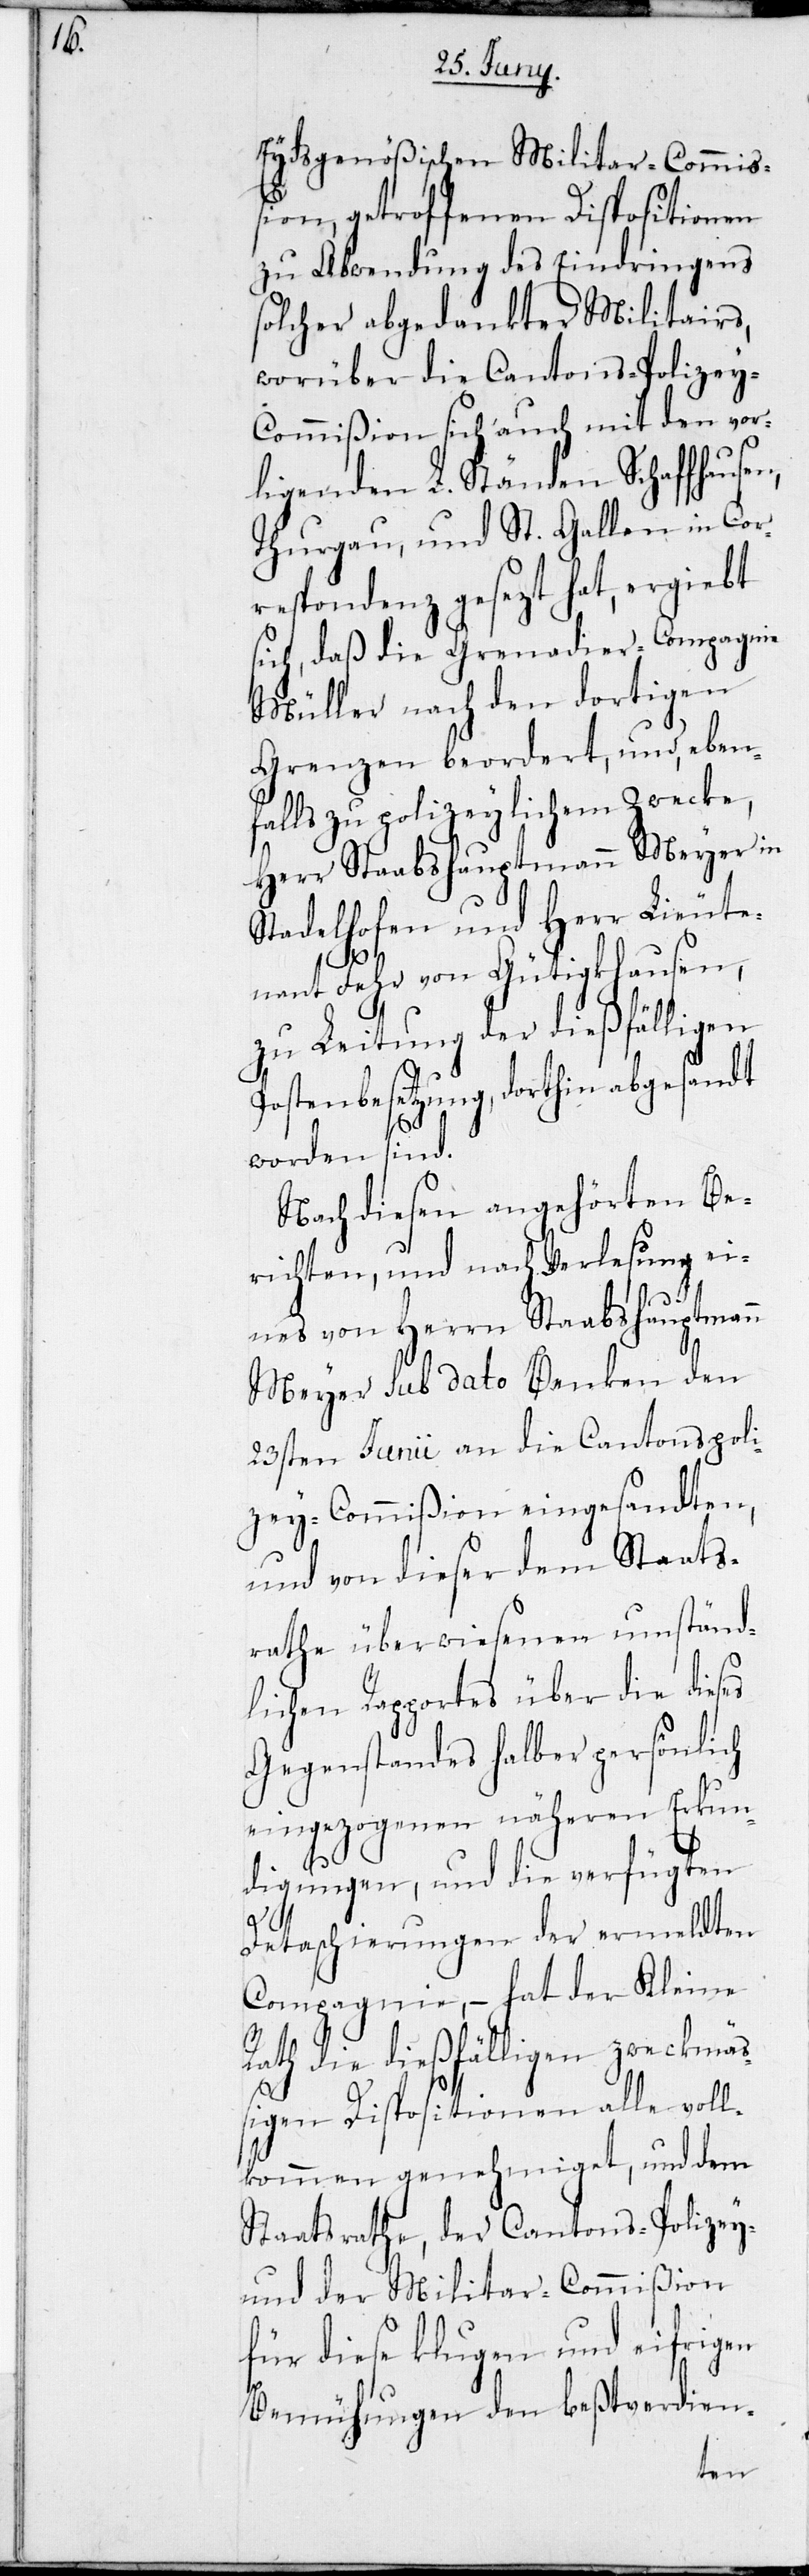
Eydsgenößischen Militar-Commiß¬
ion, getroffenen Dispositionen
zu Abwendung des Eindringens
solcher abgedankter Militairs,
worüber die Cantons-Polize¬
y-Commißion sich auch mit den vor¬
ligenden L. Ständen Schaffhausen,
Thurgau, und St. Gallen in Cor¬
respondenz gesezt hat, ergiebt
sich, daß die Grenadier-Compagnie
Müller nach den dortigen
Grenzen beordnert, und, eben¬
falls zu polizeylichem Zwecke,
Herr Staabshauptmann Meyer in
Stadelhofen und Herr Lieute¬
nant Fehr von Gütigkhausen,
zu Leitung der dießfälligen
Postenbesetzung, dorthin abgesandt
worden sind.
Nach diesen angehörten Be¬
richten, und nach Verlesung ei¬
nes von Herrn Staabshauptmann
Meyer sub dato Benken den
23sten Junii an die Cantonspoli¬
zey-Commißion eingesandten,
und von dieser dem Staats¬
rathe überwiesenen umständ¬
lichen Rapportes über die dieses
Gegenstandes halber persönlich
eingezogenen näheren Erkun¬
digungen, und die verfügten
Detaschierungen der ermeldten
Compagnie, – hat der Kleine
Rath die dießfälligen zweckmäß¬
igen Dispositionen alle voll¬
kommen genehmiget, und dem
Staatsrathe, der Cantons-Polizey
und der Militar-Commißion
für diese klugen und eifrigen
Bemühungen den beßtverdien-